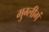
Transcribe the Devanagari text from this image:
मुग्लीगं